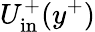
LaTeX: U_{\mathrm{in}}^{+}(y^{+})